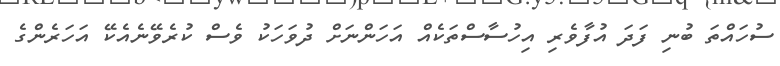
ސުހައްތަ ބުނި ފަދަ އުފާވެރި އިހުސާސްތަކެއް އަހަންނަށް ދުވަހަކު ވެސް ކުރެވޭނެއެކޭ އަހަރެންގެ